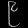
Digit: ၉